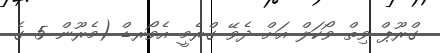
ގްރޫޕް ވިތް ވޯކަލް އަށް ދެވޭ ގްރެމީ އެވޯރޑް (މެރޫން 5 ގެ